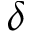
\delta